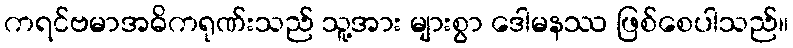
ကရင်ဗမာအဓိကရုဏ်းသည် သူ့အား များစွာ ဒေါမနဿ ဖြစ်စေပါသည်။